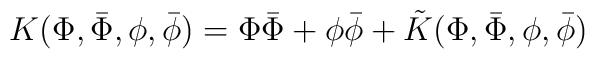
K(\Phi,\bar{\Phi},\phi,\bar{\phi})=\Phi\bar{\Phi}+\phi\bar{\phi}+\tilde{K}(\Phi,\bar{\Phi},\phi,\bar{\phi})